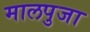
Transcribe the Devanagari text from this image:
मालपुजा